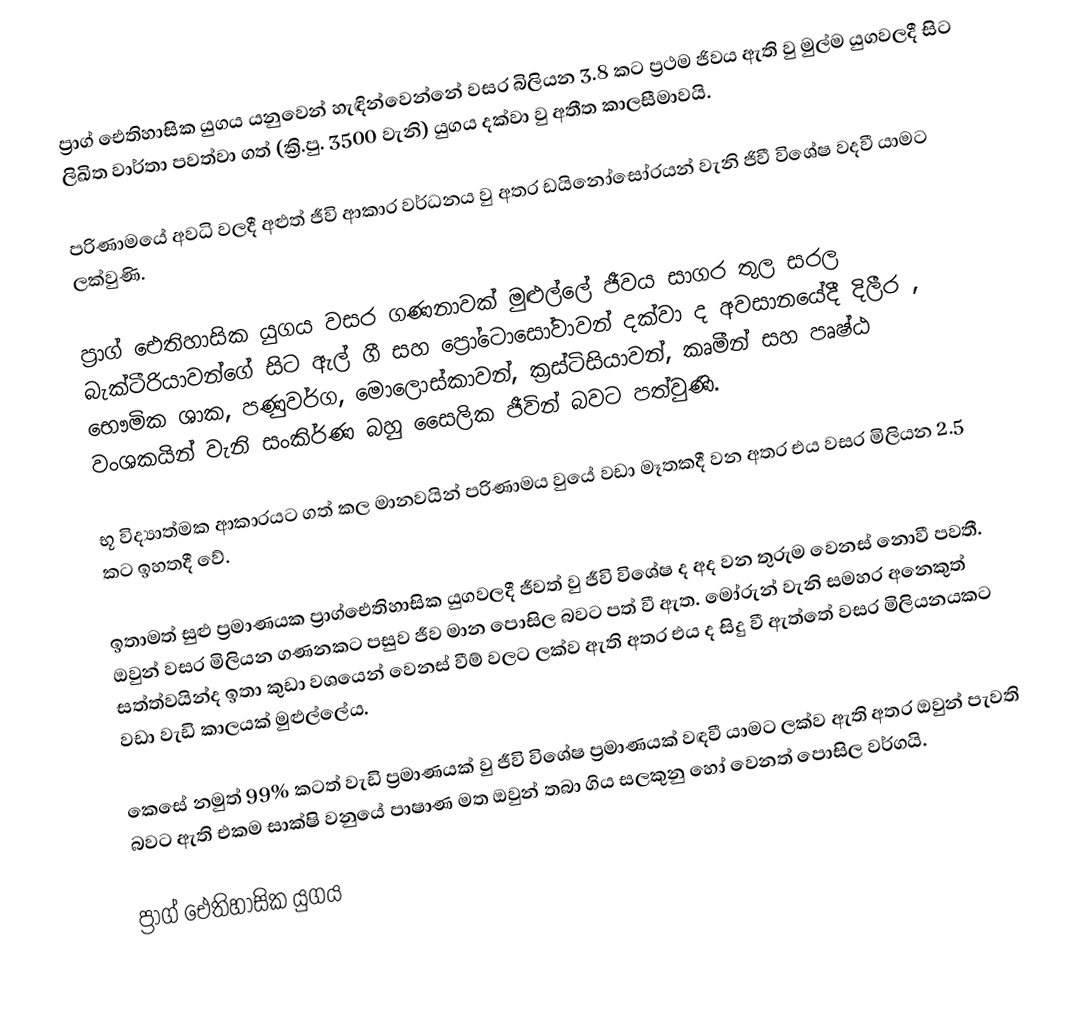
ප්‍රාග් ඓතිහාසික යුගය යනුවෙන් හැඳින්වෙන්නේ වසර බිලියන 3.8 කට ප්‍රථම ජිවය ඇති වු මුල්ම යුගවලදී සිට  ලිඛිත වාර්තා පවත්වා ගත් (ක්‍රි.පු. 3500 වැනි) යුගය දක්වා වු අතීත කාලසීමාවයි.

පරිණාමයේ අවධි වලදී අළුත් ජීවි ආකාර වර්ධනය වු අතර ඩයිනෝසෝරයන් වැනි ජිවී විශේෂ වදවී යාමට ලක්වුණි.

ප්‍රාග් ඓතිහාසික යුගය වසර ගණනා‍වක් මුළුල්ලේ ජීවය සාගර තුල සරල බැක්ටීරියාවන්ගේ සිට ඇල් ගී සහ ප්‍රෝටොසෝවාවන් දක්වා ද අවසානයේදී දිලීර , භෞමික ශාක, පණුවර්ග, මොලොස්කාවන්, ක්‍රස්ටිසියාවන්, කෘමීන් සහ පෘෂ්ඨ වංශකයින් වැනි සංකිර්ණ බහු සෛලික ජීවින් බවට පත්වුණි.

භූ විද්‍යාත්මක ආකාරයට ගත් කල මානවයින් පරිණාමය වුයේ වඩා මෑතකදී වන අතර එය වසර මිලියන 2.5 කට ඉහතදී වේ.

ඉතාමත් සුළු ප්‍රමාණයක ප්‍රාග්ඓතිහාසික යුගවලදී ජීවත් වු ජීවි විශේෂ ද අද වන තුරුම වෙනස් නොවී පවතී. ඔවුන් වසර මිලියන ගණනකට පසුව ජීව මාන පොසිල බවට පත් වී ඇත. මෝරුන් වැනි සමහර  අනෙකුත් සත්ත්වයින්ද ඉතා කුඩා වශයෙන් වෙනස් වීම් වලට ලක්ව අ‍ැති අතර එය ද සිදු වී ඇත්තේ වසර මිලියනයකට වඩා වැඩි කාලයක් මුළුල්ලේය.

කෙසේ නමුත් 99% කටත් වැඩි ප්‍රමාණයක් වු ජීවි විශේෂ ප්‍රමාණයක් වඳවී යාමට ලක්ව ඇති අතර ඔවුන් පැවති බවට ඇති එකම සාක්ෂි වනුයේ පාෂාණ මත ඔවුන් තබා  ගිය සලකුනු හෝ වෙනත් පොසිල වර්ගයි.

ප්‍රාග් ඓතිහාසික යුගය